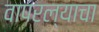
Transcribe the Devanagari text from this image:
वापरल्याचा